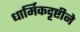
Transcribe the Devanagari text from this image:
धार्मिकदृष्टीने